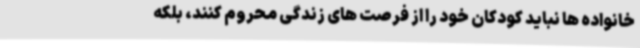
خانواده ها نباید کودکان خود را از فرصت های زندگی محروم کنند، بلکه